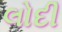
લોદી